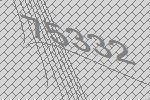
75332